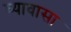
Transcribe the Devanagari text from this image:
घ्यावासा